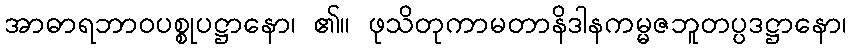
အာဓာရဘာဝပစ္စုပဋ္ဌာနော၊ ၏။ ဖုသိတုကာမတာနိဒါနကမ္မဇဘူတပ္ပဒဋ္ဌာနော၊